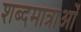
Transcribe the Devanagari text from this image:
शब्दमात्राओं